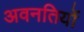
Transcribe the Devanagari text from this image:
अवनतियों